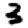
Digit: 3